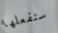
سنفعلها